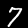
Label: 7